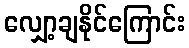
လျှော့ချနိုင်ကြောင်း